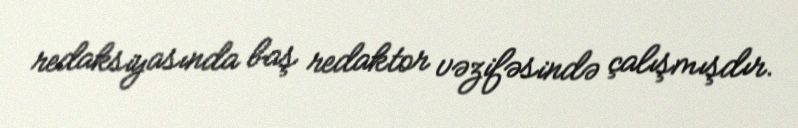
redaksiyasında baş redaktor vəzifəsində çalışmışdır.